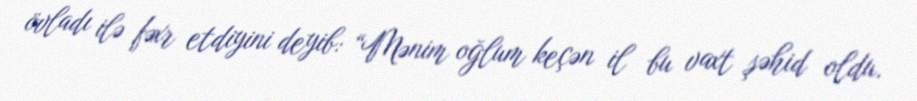
övladı ilə fəxr etdiyini deyib: “Mənim oğlum keçən il bu vaxt şəhid oldu.